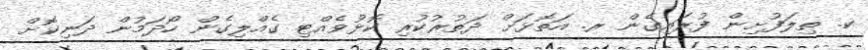
ކ. ތިލަފުށިން ފުރައިގެން ރ. އަތޮޅަށް ދަތުރުކުރި ކޮޅުވެއްޓި ގެއްލިގެން ހޯދަމުން ދަނިކޮށް